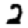
Digit: 2